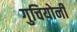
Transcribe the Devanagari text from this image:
गुचियोनी